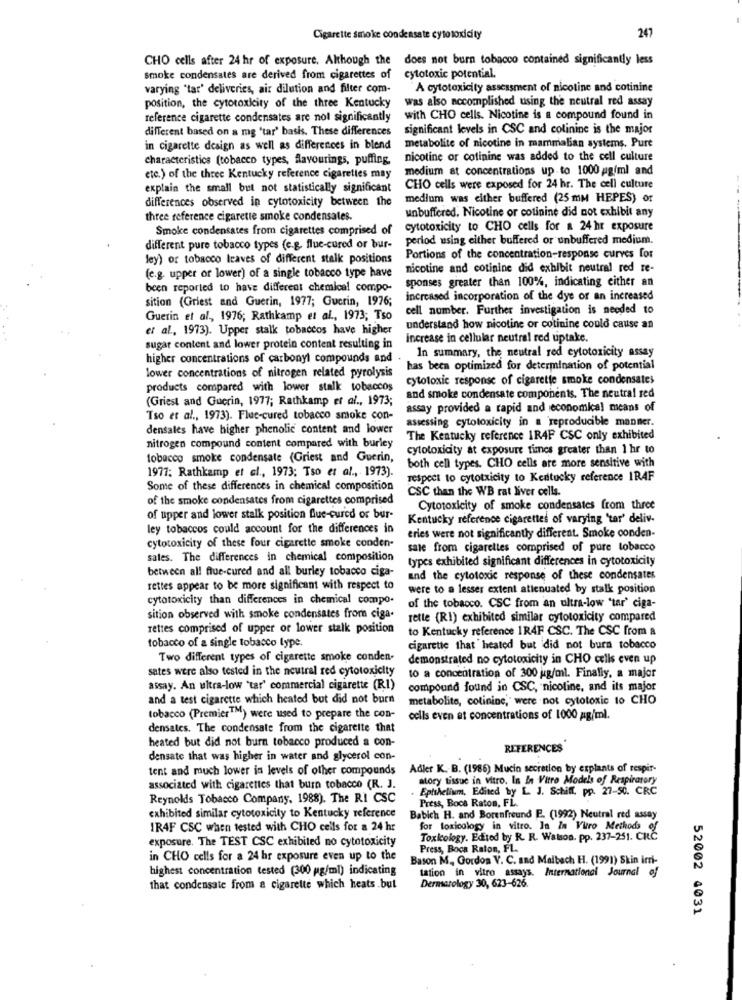
Cigarette smoke condensate cytotoxicity
247
CHO cells after 24 hr of exposure. Although the does not burn tobacco contained significantly less
smoke condensates are derived from cigarettes of
cytotoxic potential.
varying "tar' deliveries, air dilution and filter com-
A cytotoxicity assessment of nicotine and cotinine
was also accomplished using the neutral red assay
position, the cytotoxicity of the three Kentucky
reference cigarette condensates are not significantly
with CHO cells. Nicotine is a compound found in
different based on a mg 'tar' basis. These differences
significant levels in CSC and colinine is the major
in cigarette design as well as differences in blend
metabolite of nicotine in mammalian systems. Pure
characteristics (tobacco types, flavourings, puffing,
nicotine or cotinine was added to the cell culture
medium at concentrations up to 1000 pg/ml and
etc.) of the three Kentucky reference cigarettes may
explain the small but not statistically significant
CHO cells were exposed for 24 hr. The cell culture
differences observed in cytotoxicity between the
medium was either buffered (25mm HEPES) or
three reference cigarette smoke condensates.
unbuffered. Nicotine or cotinine did not exhibit any
Smoke condensates from cigarettes comprised of
cytotoxicity to CHO cells for a 24 hr exposure
period using either buffered or unbuffered medium.
different pure tobacco types (c.g. flue-cured or bur-
Jey) or tobacco leaves of different stalk positions
Portions of the concentration-response curves for
nicotine and cotinine did exhibit neutral red re-
(e.g. upper or lower) of a single tobacco type have
sponses greater than 100%, indicating either an
been reported to have different chemical compo-
sition (Griest and Guerin, 1977; Guerin, 1976;
increased incorporation of the dye or an increased
cell number. Further investigation is needed to
Guerin et al ., 1976; Rathkamp et al ., 1973; Tso
et al ., 1973). Upper stalk tobaccos have higher
understand how nicotine or cotinine could cause an
increase in cellular neutral red uptake.
sugar content and lower protein content resulting in
In summary, the neutral red cytotoxicity assay
higher concentrations of carbonyl compounds and
has been optimized for determination of potential
lower concentrations of nitrogen related pyrolysis
cytotoxic response of cigarette smoke condensates
products compared with lower stalk tobaccos
(Griest and Guerin, 1977; Rathkamp et al ., 1973;
and smoke condensate components. The neutral red
assay provided a rapid and economical means of
Tso et al ., 1973). Fluc-cured tobacco smoke con-
assessing cytotoxicity in a reproducible manner.
densales have higher phenolic content and lower
The Kentucky reference 1R4F CSC only exhibited
nitrogen compound content compared with burley
cytotoxicity at exposure times greater than 1 hr to
tobacco smoke condensate (Griest and Guerin,
both cell types. CHO cells are more sensitive with
1977; Rathkamp et al ., 1973: Tso et al ., 1973).
respect to cytotxicity to Kentucky reference IRAF
Some of these differences in chemical composition
of the smoke condensates from cigarettes comprised
CSC than the WB rat liver cells
Cytotoxicity of smoke condensates from three
of upper and lower stalk position flue-cured or bur-
Kentucky reference cigarettes of varying 'tar' deliv-
ley tobaccos could account for the differences in
eries were not significantly different. Smoke conden-
cytotoxicity of these four cigarette smoke conden-
sale from cigarettes comprised of pure tobacco
sales. The differences in chemical composition
types exhibited significant differences in cytotoxicity
between all flue-cured and all burley tobacco ciga-
and the cytotoxic response of these condensates
rettes appear to be more significant with respect to
were to a lesser extent attenuated by stalk position
cytotoxicity than differences in chemical compo.
of the tobacco. CSC from an ultra-low "tar' ciga-
sition observed with smoke condensates from ciga.
rette (RI) exhibited similar cytotoxicity compared
rettes comprised of upper or lower stalk position
to Kentucky reference 1R4F CSC. The CSC from a
tobacco of a single tobacco type.
cigarette that heated but did not burn tobacco
Two different types of cigarette smoke conden-
demonstrated no cytotoxicity in CHO cells even up
sates were also tested in the neutral red cytotoxicity
to a concentration of 300 g/ml. Finally, a major
assay. An ultra-low 'tar' commercial cigarette (RI)
compound found in CSC, nicotine, and its major
and a test cigarette which heated but did not burn
metabolite, cotinine," were not cytotoxic to CHO
tobacco (PremierTM) were used to prepare the con-
cells even at concentrations of 1000 ag/ml.
densates. The condensate from the cigarette that
heated but did not burn tobacco produced a con-
REFERENCES
densate that was higher in water and glycerol con-
tent and much lower in levels of other compounds Adler K. B. (1986) Mucin secretion by explants of respir-
atory tissue in vitro. In In Vitro Models of Respiratory
associated with cigarettes that burn tobacco (R. J.
Epithelium, Edited by L. J. Schiff. pp. 27-50. CRC
Reynolds Tobacco Company. 1988). The RI CSC
Press, Boca Raton, FL.
exhibited similar cytotoxicity to Kentucky reference
Babich H. and Borenfreund E. (1992) Neutral red assay
IR4F CSC when tested with CHO cells for a 24 hr
for toxicology in vitro. In In Vitro Methods of
exposure. The TEST CSC exhibited no cytotoxicity
Toxkolegy. Edited by R. R. Watson. pp. 237-251. CKČ
Press, Boca Raton, FL.
in CHO cells for a 24 hr exposure even up to the
Bason M ., Gordos V. C. and Malbach H. (1991) Skin irri-
highest concentration tested (300 pg/ml) indicating
tation in vitro assays. International Journal of
that condensate from a cigarette which heats .but
Dermatology 30, 623-626.
52002 4031